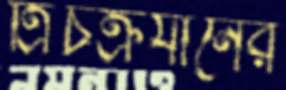
ত্রিচক্রযানের